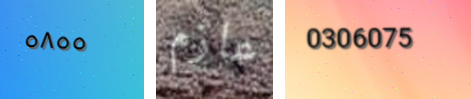
٥٨٥٥ عازم 0306075